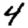
Digit: 4